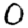
Digit: 0